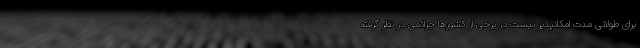
برای طولانی مدت امکانپذیر نیست در برخی از کشورها جرائمی در نظر گرفته